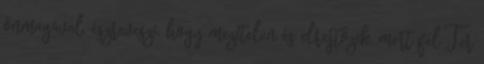
önmagával, észreveszi, hogy mezítelen és elrejtőzik, mert fél Ter